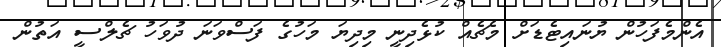
އެންމެފަހުން ޔުނައިޓެޑަށް މެޗެއް ކުޅެދިނީ މިދިޔަ މަހުގެ ފަސްވަނަ ދުވަހު ޗެލްސީ އަތުން